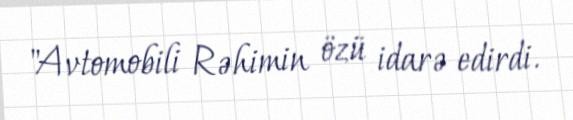
"Avtomobili Rəhimin özü idarə edirdi.